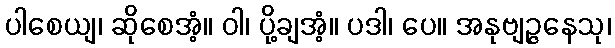
ပါစေယျ၊ ဆိုစေအံ့။ ဝါ၊ ပို့ချအံ့။ ပဒါ၊ ပေ။ အနုဗျဉ္ဇနေသု၊